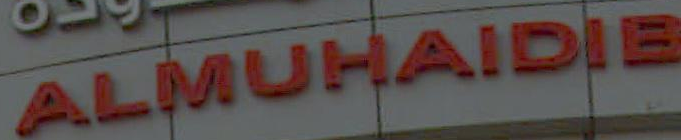
ALMUHAIDIB